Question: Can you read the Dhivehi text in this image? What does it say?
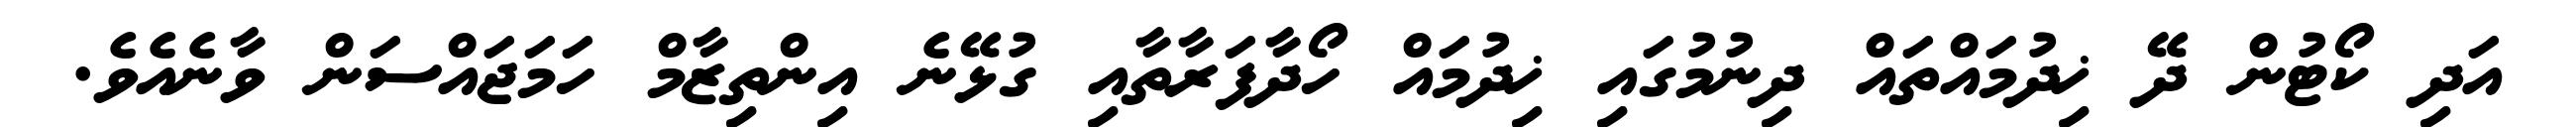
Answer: އަދި ކޯޓުން ދޭ ޚިދުމައްތައް ދިނުމުގައި ޚިދުމައް ހޯދާފަރާތާއި ގުޅޭނެ އިންތިޒާމް ހަމަޖައްސަން ވާނެއެވެ.